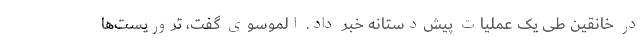
در خانقین طی یک عملیات پیش‌دستانه خبر داد. الموسوی گفت، تروریست‌ها